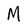
Character: M